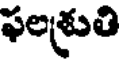
ఫలశ్రుతి